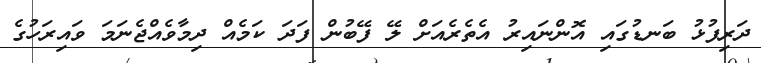
ދަރިފުޅު ބަނޑުގައި އޮންނައިރު އެތެރެއަށް ލޭ ފޭބުން ފަދަ ކަމެއް ދިމާވެއްޖެނަމަ ވައިރަހުގެ